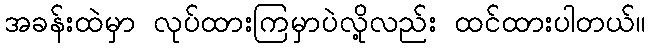
အခန်းထဲမှာ လုပ်ထားကြမှာပဲလို့လည်း ထင်ထားပါတယ်။